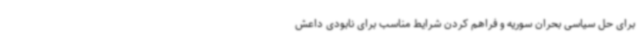
برای حل سیاسی بحران سوریه و فراهم کردن شرایط مناسب برای نابودی داعش